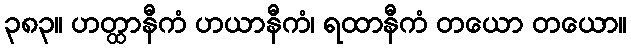
၃၈၃။ ဟတ္ထာနီကံ ဟယာနီကံ၊ ရထာနီကံ တယော တယော။